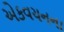
એકવચનના